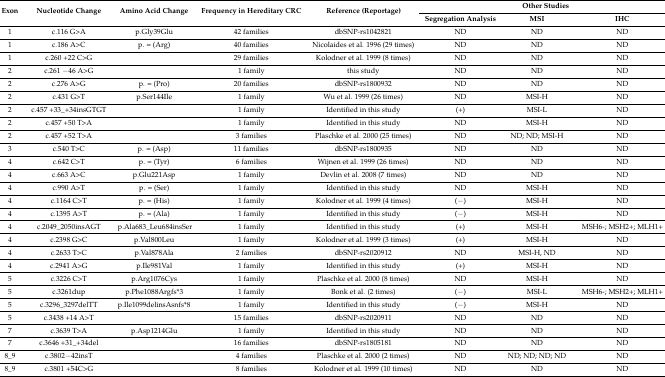
<table><thead><tr><td rowspan="2"><b>Exon</b></td><td rowspan="2"><b>Nucleotide Change</b></td><td rowspan="2"><b>Amino Acid Change</b></td><td rowspan="2"><b>Frequency in Hereditary CRC</b></td><td rowspan="2"><b>Reference (Reportage)</b></td><td colspan="3"><b>Other Studies</b></td></tr><tr><td><b>Segregation Analysis</b></td><td><b>MSI</b></td><td><b>IHC</b></td></tr></thead><tbody><tr><td>1</td><td>c.116 G&gt;A</td><td>p.Gly39Glu</td><td>42 families</td><td>dbSNP-rs1042821</td><td>ND</td><td>ND</td><td>ND</td></tr><tr><td>1</td><td>c.186 A&gt;C</td><td>p. = (Arg)</td><td>40 families</td><td>Nicolaides et al. 1996 (29 times)</td><td>ND</td><td>ND</td><td>ND</td></tr><tr><td>1</td><td>c.260 +22 C&gt;G</td><td></td><td>29 families</td><td>Kolodner et al. 1999 (8 times)</td><td>ND</td><td>ND</td><td>ND</td></tr><tr><td>2</td><td>c.261 −46 A&gt;G</td><td></td><td>1 family</td><td>this study</td><td>ND</td><td>ND</td><td>ND</td></tr><tr><td>2</td><td>c.276 A&gt;G</td><td>p. = (Pro)</td><td>20 families</td><td>dbSNP-rs1800932</td><td>ND</td><td>ND</td><td>ND</td></tr><tr><td>2</td><td>c.431 G&gt;T</td><td>p.Ser144Ile</td><td>1 family</td><td>Wu et al. 1999 (26 times)</td><td>ND</td><td>MSI-H</td><td>ND</td></tr><tr><td>2</td><td>c.457 +33_+34insGTGT</td><td></td><td>1 family</td><td>Identified in this study</td><td>(+)</td><td>MSI-L</td><td>ND</td></tr><tr><td>2</td><td>c.457 +50 T&gt;A</td><td></td><td>1 family</td><td>Identified in this study</td><td>ND</td><td>MSI-H</td><td>ND</td></tr><tr><td>2</td><td>c.457 +52 T&gt;A</td><td></td><td>3 families</td><td>Plaschke et al. 2000 (25 times)</td><td>ND</td><td>ND; ND; MSI-H</td><td>ND</td></tr><tr><td>3</td><td>c.540 T&gt;C</td><td>p. = (Asp)</td><td>11 families</td><td>dbSNP-rs1800935</td><td>ND</td><td>ND</td><td>ND</td></tr><tr><td>4</td><td>c.642 C&gt;T</td><td>p. = (Tyr)</td><td>6 families</td><td>Wijnen et al. 1999 (26 times)</td><td>ND</td><td>ND</td><td>ND</td></tr><tr><td>4</td><td>c.663 A&gt;C</td><td>p.Glu221Asp</td><td>1 family</td><td>Devlin et al. 2008 (7 times)</td><td>ND</td><td>ND</td><td>ND</td></tr><tr><td>4</td><td>c.990 A&gt;T</td><td>p. = (Ser)</td><td>1 family</td><td>Identified in this study</td><td>ND</td><td>MSI-H</td><td>ND</td></tr><tr><td>4</td><td>c.1164 C&gt;T</td><td>p. = (His)</td><td>1 family</td><td>Kolodner et al. 1999 (4 times)</td><td>(−)</td><td>MSI-H</td><td>ND</td></tr><tr><td>4</td><td>c.1395 A&gt;T</td><td>p. = (Ala)</td><td>1 family</td><td>Identified in this study</td><td>(−)</td><td>MSI-H</td><td>ND</td></tr><tr><td>4</td><td>c.2049_2050insAGT</td><td>p.Ala683_Leu684insSer</td><td>1 family</td><td>Identified in this study</td><td>(+)</td><td>MSI-H</td><td>MSH6-; MSH2+; MLH1+</td></tr><tr><td>4</td><td>c.2398 G&gt;C</td><td>p.Val800Leu</td><td>1 family</td><td>Kolodner et al. 1999 (3 times)</td><td>(+)</td><td>MSI-H</td><td>ND</td></tr><tr><td>4</td><td>c.2633 T&gt;C</td><td>p.Val878Ala</td><td>2 families</td><td>dbSNP-rs2020912</td><td>ND</td><td>MSI-H, ND</td><td>ND</td></tr><tr><td>4</td><td>c.2941 A&gt;G</td><td>p.Ile981Val</td><td>1 family</td><td>Identified in this study</td><td>(+)</td><td>MSI-H</td><td>ND</td></tr><tr><td>5</td><td>c.3226 C&gt;T</td><td>p.Arg1076Cys</td><td>1 family</td><td>Plaschke et al. 2000 (8 times)</td><td>ND</td><td>MSI-H</td><td>ND</td></tr><tr><td>5</td><td>c.3261dup</td><td>p.Phe1088Argfs*3</td><td>1 family</td><td>Bonk et al. (2 times)</td><td>(−)</td><td>MSI-L</td><td>MSH6-; MSH2+; MLH1+</td></tr><tr><td>5</td><td>c.3296_3297delTT</td><td>p.Ile1099delinsAsnfs*8</td><td>1 family</td><td>Identified in this study</td><td>(−)</td><td>MSI-H</td><td>ND</td></tr><tr><td>5</td><td>c.3438 +14 A&gt;T</td><td></td><td>15 families</td><td>dbSNP-rs2020911</td><td>ND</td><td>ND</td><td>ND</td></tr><tr><td>7</td><td>c.3639 T&gt;A</td><td>p.Asp1214Glu</td><td>1 family</td><td>Identified in this study</td><td>ND</td><td>ND</td><td>ND</td></tr><tr><td>7</td><td>c.3646 +31_+34del</td><td></td><td>16 families</td><td>dbSNP-rs1805181</td><td>ND</td><td>ND</td><td>ND</td></tr><tr><td>8_9</td><td>c.3802−42insT</td><td></td><td>4 families</td><td>Plaschke et al. 2000 (2 times)</td><td>ND</td><td>ND; ND; ND; ND</td><td>ND</td></tr><tr><td>8_9</td><td>c.3801 +54C&gt;G</td><td></td><td>8 families</td><td>Kolodner et al. 1999 (10 times)</td><td>ND</td><td>ND</td><td>ND</td></tr></tbody></table>